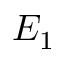
E _ { 1 }